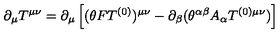
\partial _ { \mu } T ^ { \mu \nu } = \partial _ { \mu } \left[ ( \theta F T ^ { ( 0 ) } ) ^ { \mu \nu } - \partial _ { \beta } ( \theta ^ { \alpha \beta } A _ { \alpha } T ^ { ( 0 ) \mu \nu } ) \right]